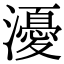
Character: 瀀